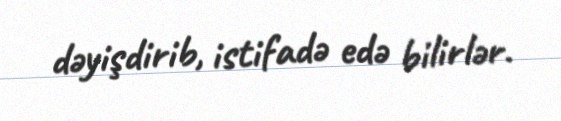
dəyişdirib, istifadə edə bilirlər.